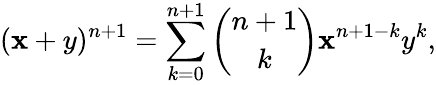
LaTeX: (\mathbf{x}+y)^{n+1}=\sum_{k=0}^{n+1}{\binom{n+1}{k}}\mathbf{x}^{n+1-k}y^{k},